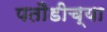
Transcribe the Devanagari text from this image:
पतौडीच्या